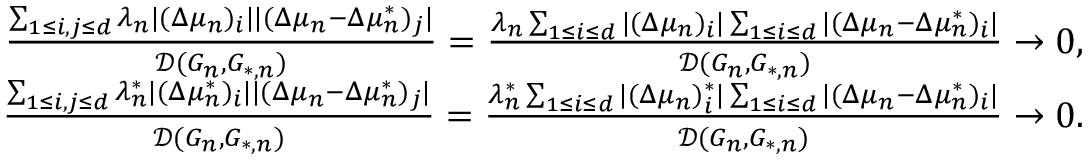
\begin{array} { r } { \frac { \sum _ { 1 \leq i , j \leq d } { \lambda _ { n } | ( \Delta \mu _ { n } ) _ { i } | | ( \Delta \mu _ { n } - \Delta \mu _ { n } ^ { * } ) _ { j } | } } { \mathcal { D } ( G _ { n } , G _ { * , n } ) } = \frac { \lambda _ { n } \sum _ { 1 \leq i \leq d } { | ( \Delta \mu _ { n } ) _ { i } | } \sum _ { 1 \leq i \leq d } { | ( \Delta \mu _ { n } - \Delta \mu _ { n } ^ { * } ) _ { i } | } } { \mathcal { D } ( G _ { n } , G _ { * , n } ) } \to 0 , } \\ { \frac { \sum _ { 1 \leq i , j \leq d } \lambda _ { n } ^ { * } | ( \Delta \mu _ { n } ^ { * } ) _ { i } | | ( \Delta \mu _ { n } - \Delta \mu _ { n } ^ { * } ) _ { j } | } { \mathcal { D } ( G _ { n } , G _ { * , n } ) } = \frac { \lambda _ { n } ^ { * } \sum _ { 1 \leq i \leq d } { | ( \Delta \mu _ { n } ) _ { i } ^ { * } | } \sum _ { 1 \leq i \leq d } { | ( \Delta \mu _ { n } - \Delta \mu _ { n } ^ { * } ) _ { i } | } } { \mathcal { D } ( G _ { n } , G _ { * , n } ) } \to 0 . } \end{array}